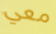
معي